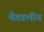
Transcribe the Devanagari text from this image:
मैगडलीन